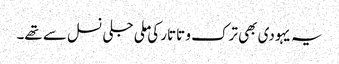
یہ یہودی بھی ترک و تاتار کی ملی جلی نسل سے تھے۔